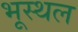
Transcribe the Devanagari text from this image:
भूस्थल